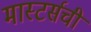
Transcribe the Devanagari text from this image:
मास्टर्सची